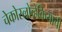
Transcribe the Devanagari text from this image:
चेकोस्लोव्हेकियाची